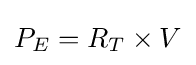
P_{E}=R_{T}\times V